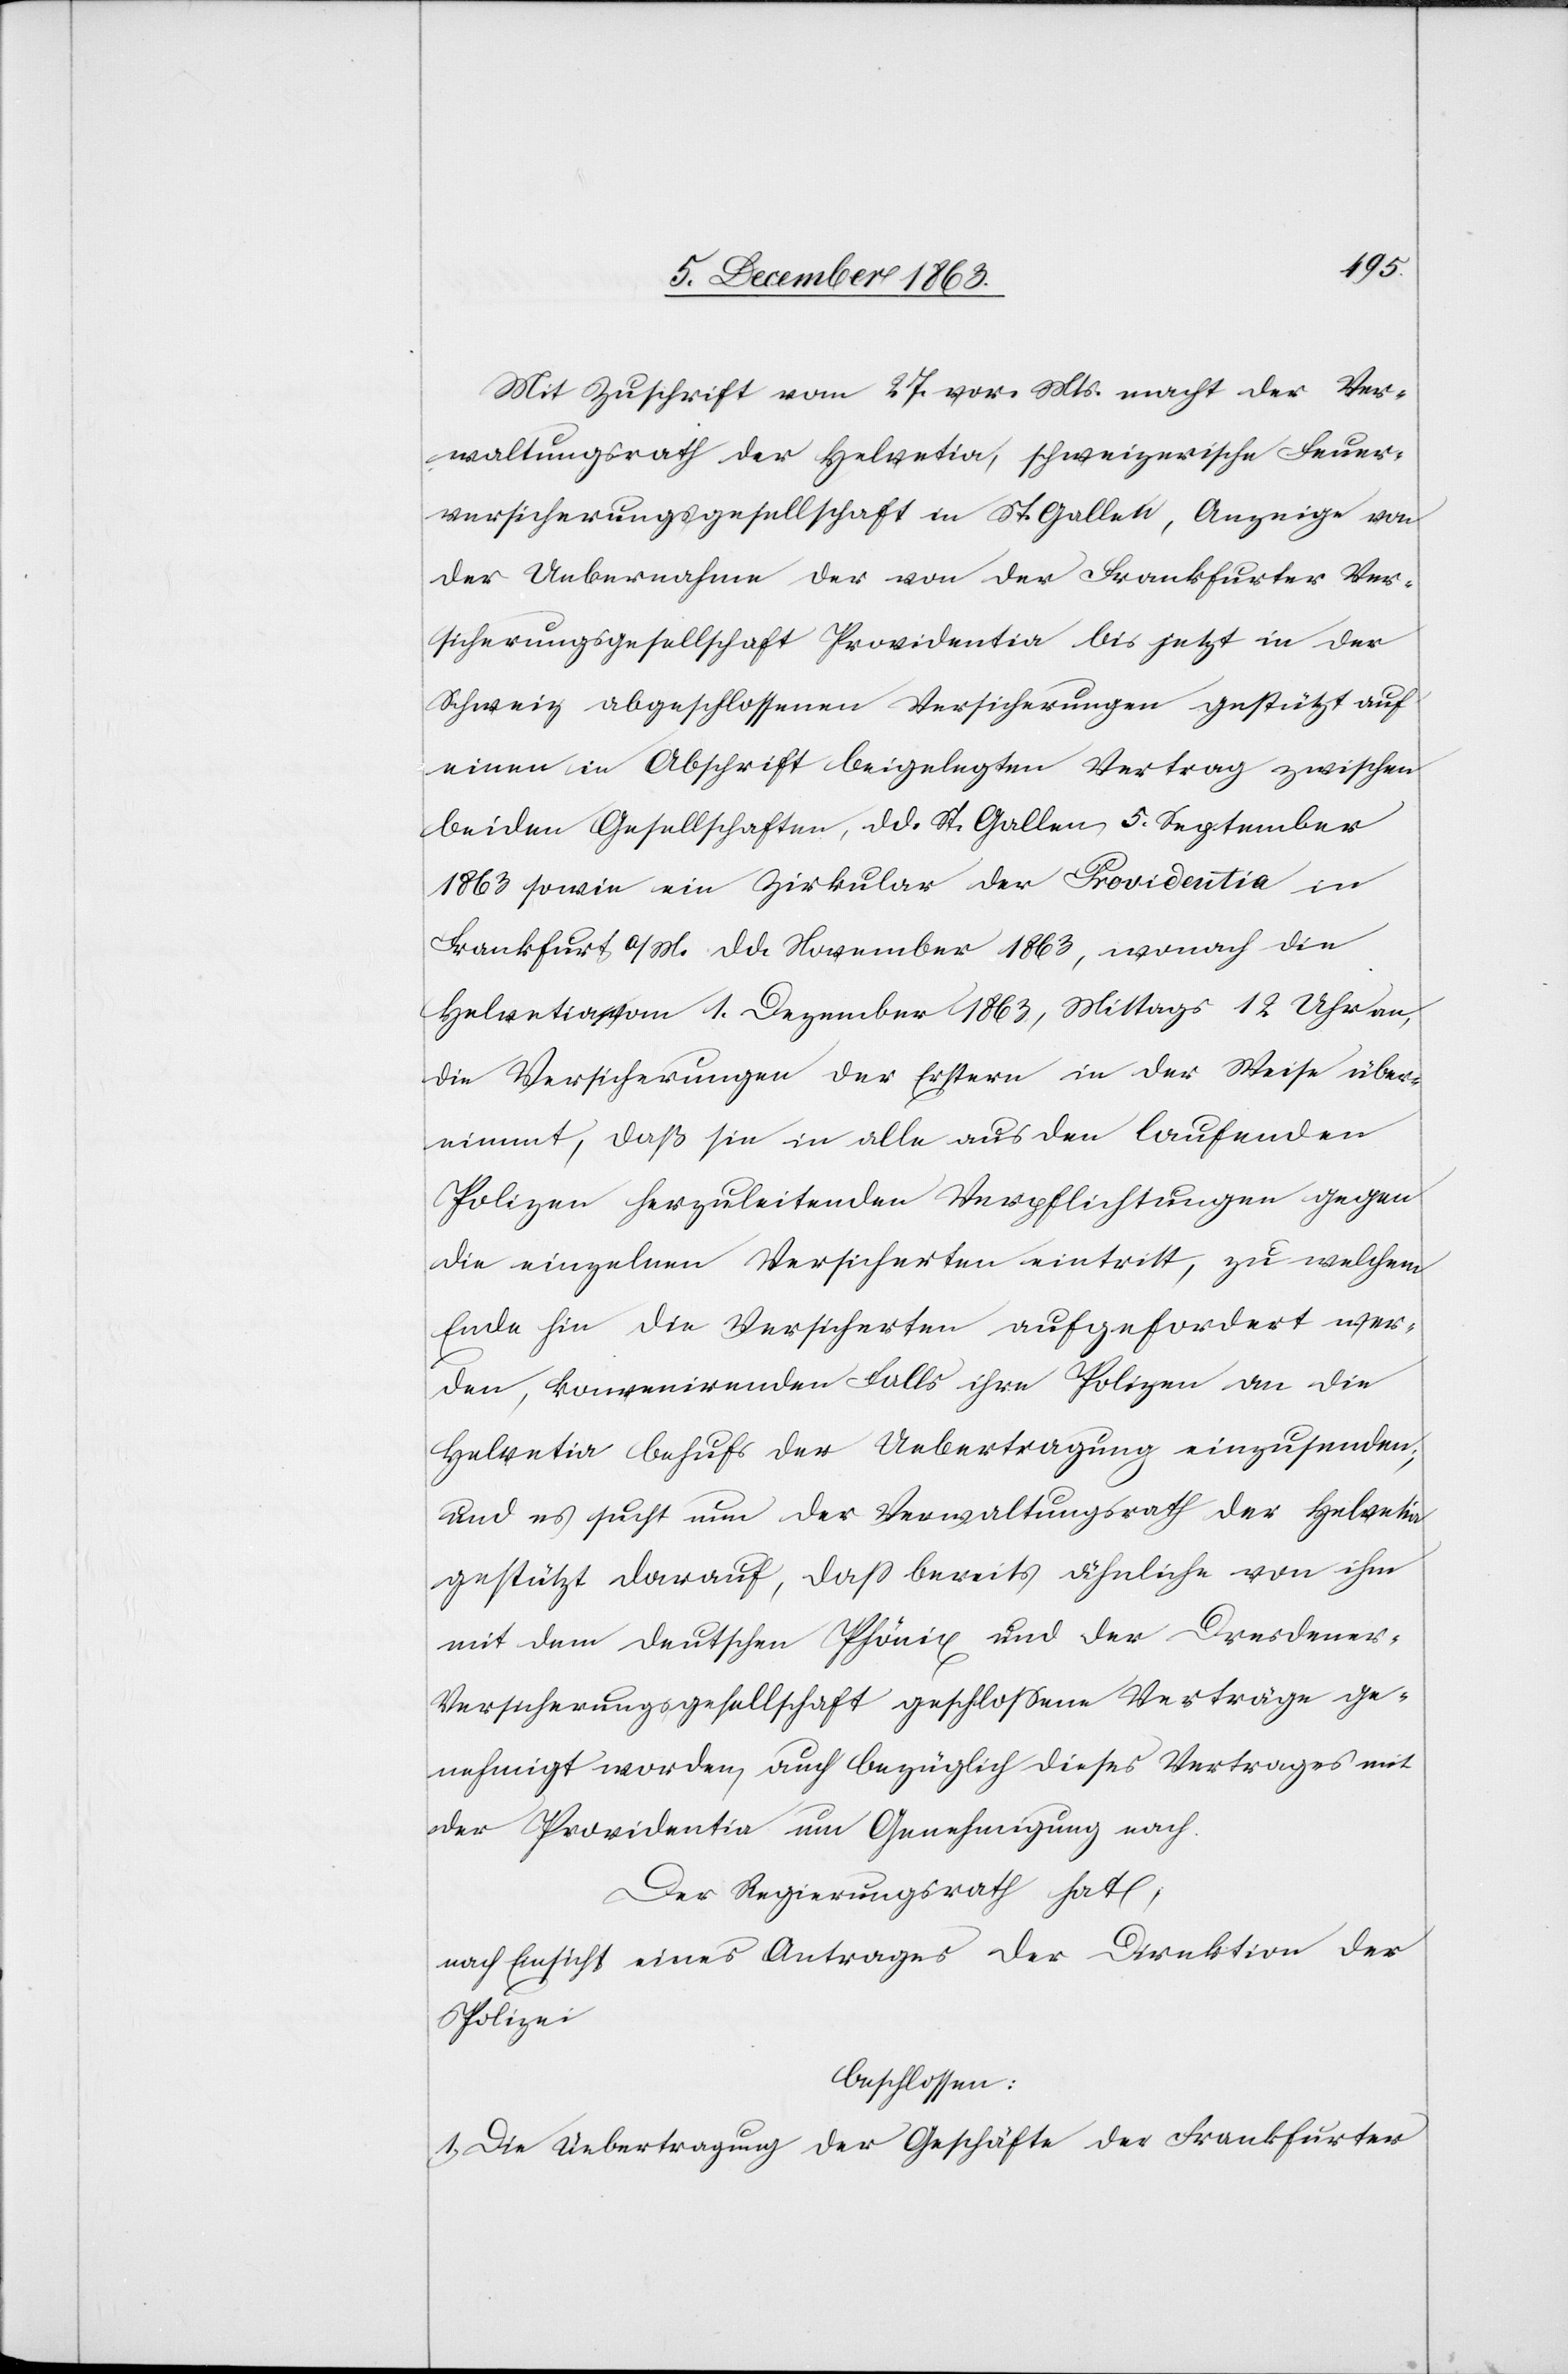
Mit Zuschrift vom 27. vor. Mts. macht der Ver¬
waltungsrath der Helvetia, schweizerische Feuer¬
versicherungsgesellschaft in St. Gallen, Anzeige von
der Uebernahme der von der Frankfurter Ver¬
sicherungsgesellschaft Providentia bis jetzt in der
Schweiz abgeschlossenen Versicherungen gestützt auf
einen in Abschrift beigelegten Vertrag zwischen
beiden Gesellschaften, d d. St. Gallen, 5. September
1863 sowie ein Zirkular der Providentia in
Frankfurt a/M. d d. November 1863, wonach die
Helvetia, vom 1. Dezember 1863, Mittags 12 Uhr an,
die Versicherungen der Erstern in der Weise über¬
nimmt, daß sie in alle aus den laufenden
Polizen herzuleitenden Verpflichtungen gegen
die einzelnen Versicherten eintritt, zu welchem
Ende hin die Versicherten aufgefordert wer¬
den, konvenirenden Falls ihre Polizen an die
Helvetia behufs der Uebertragung einzusenden;
und es sucht nun der Verwaltungsrath der Helvetia
gestützt darauf, dass bereits ähnliche von ihm
mit dem deutschen Phönix und der Dresdene¬
r-Versicherungsgesellschaft geschlossene Verträge ge¬
nehmigt worden, auch bezüglich dieses Vertrages mit
der Providentia um Genehmigung nach.
Der Regierungsrath hat,
nach Einsicht eines Antrages der Direktion der
Polizei
beschlossen:
I. Die Uebertragung der Geschäfte der Frankfurter